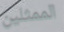
الممثلين